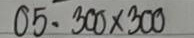
05 = 300x300